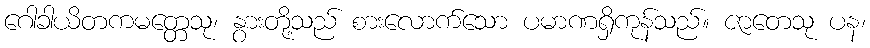
ဂေါခါယိတကမတ္တေသု၊ နွားတို့သည် စားလောက်သော ပမာဏရှိကုန်သည်။ ဇာတေသု ပန၊